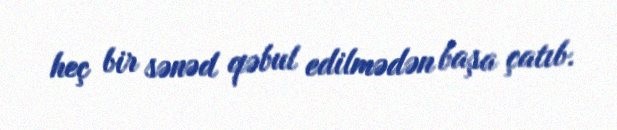
heç bir sənəd qəbul edilmədən başa çatıb.